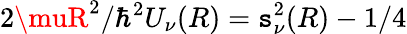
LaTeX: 2\muR^{2}/\hbar^{2}U_{\nu}(R)=\mathtt{s}_{\nu}^{2}(R)-1/4